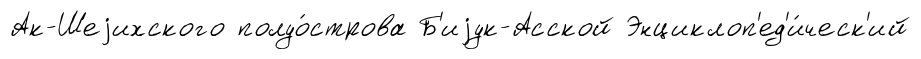
Ак-Шеjихского полуо́строва Б'иjук-Асской Энциклоп'ед'и́ческ'ий